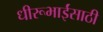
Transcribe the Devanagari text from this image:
धीरूभाईंसाठी